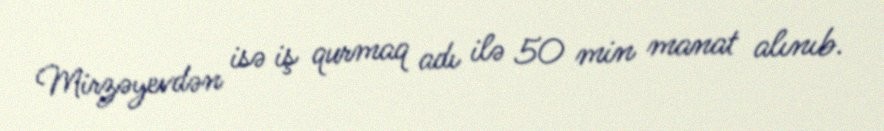
Mirzəyevdən isə iş qurmaq adı ilə 50 min manat alınıb.